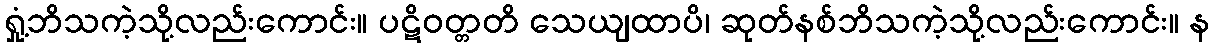
ရှုံ့ဘိသကဲ့သို့လည်းကောင်း။ ပဋိဝတ္တတိ သေယျထာပိ၊ ဆုတ်နစ်ဘိသကဲ့သို့လည်းကောင်း။ န